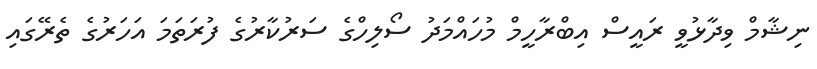
ނިޝާމް ވިދާޅުވީ ރައީސް އިބްރާހީމް މުހައްމަދު ސޯލިހްގެ ސަރުކާރުގެ ފުރަތަމަ އަހަރުގެ ތެރޭގައި